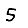
Digit: 5